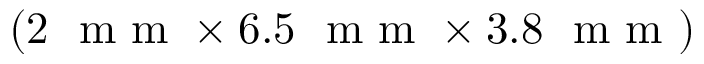
( 2 ~ \mathrm { ~ m ~ m ~ } \times 6 . 5 ~ \mathrm { ~ m ~ m ~ } \times 3 . 8 ~ \mathrm { ~ m ~ m ~ } )